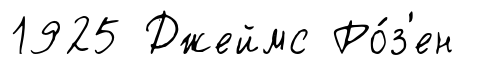
1925 Джеймс Ро́з'ен